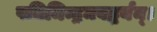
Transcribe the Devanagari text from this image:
पतिमिन्द्रमवद्धर्यन्।